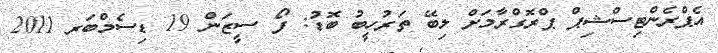
އެޕްރެންޓިސްޝިޕް ޕްރޮގްރާމަށް ލިބޭ ތަރުހީބު ބޮޑު: ފޯ ސީޒަން 19 ޑިސެމްބަރ 2011